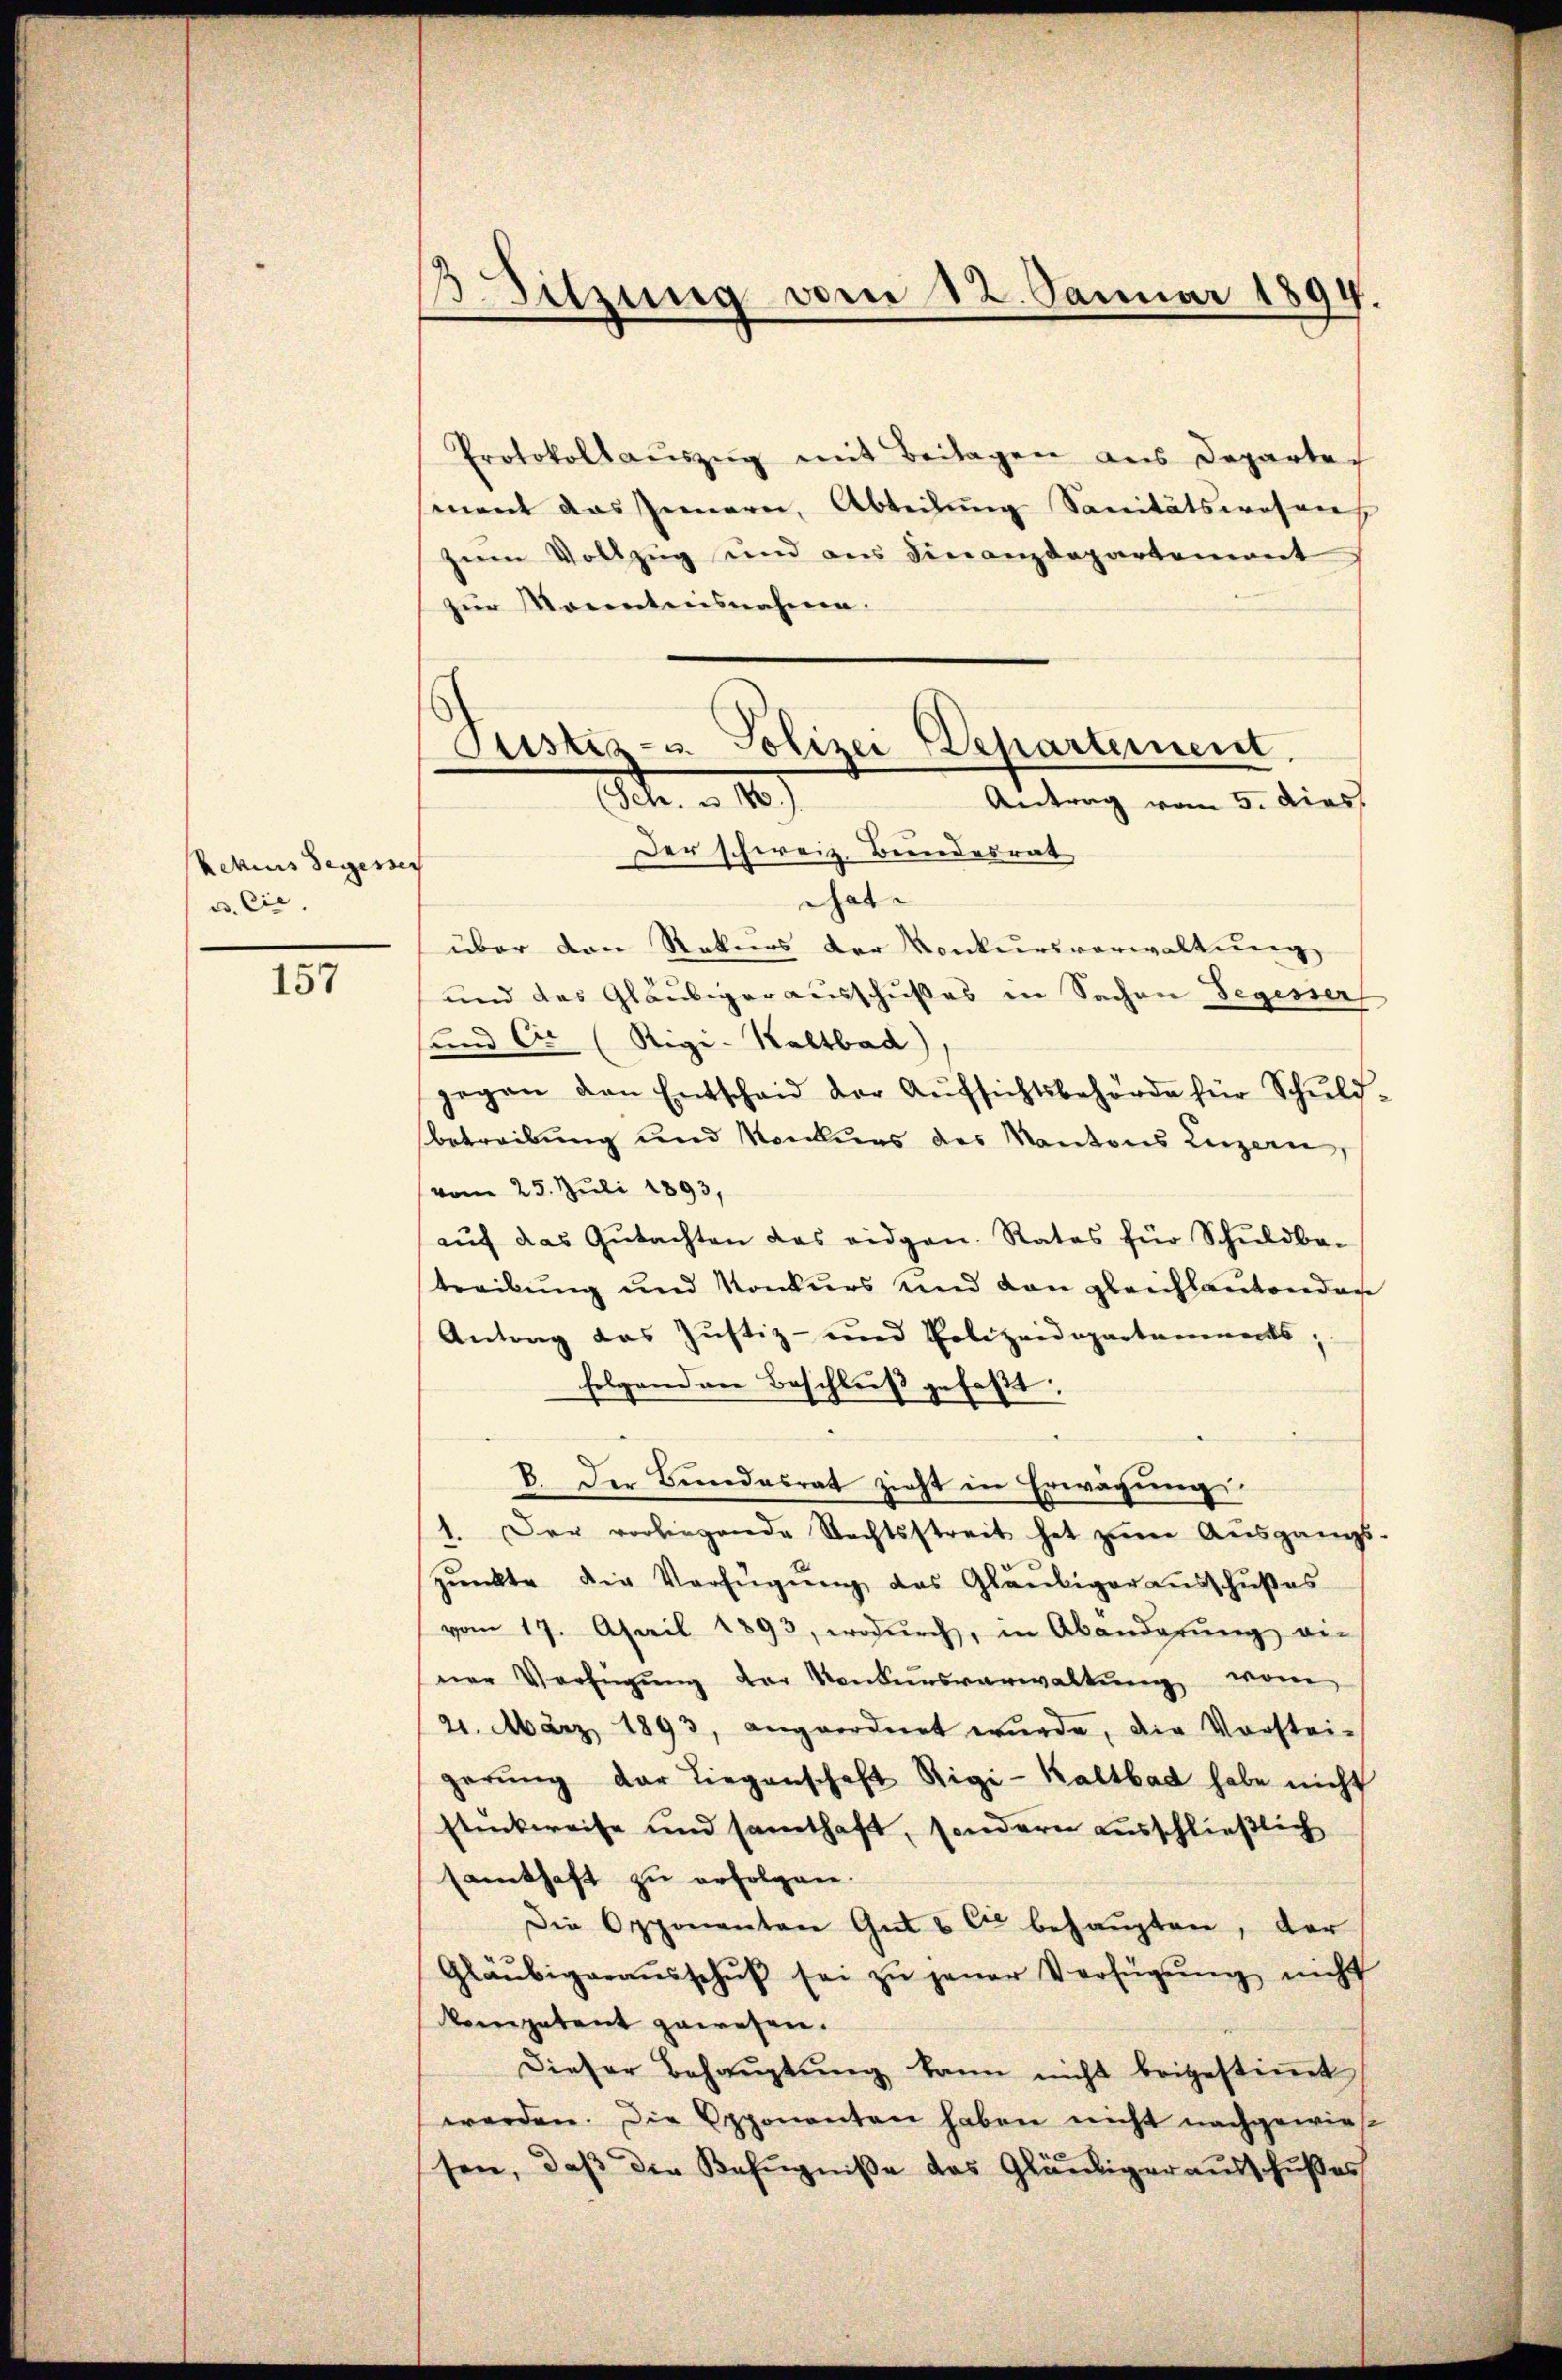
Rekurs Segesses
u. Cie

157

. Sitzung vom 12. Januar 1894.

Protokollaŭszŭg mit Beilagen aus Departe
ment das Innern, Abteilung Sanitätswesens
zum Vollzug und aus Finanzdepartement
zur Monntnisnahme.
Der schweiz. Beendesrat
at
über den Rekurs der Konkursverwaltung
und das Gläubigerausschußes in Sachen Segesser
und Cr (Rigi-Kaltbad)
gegen den Entschaid der Aŭfsichtsbehörde für Schŭld.
betreibung und Konkurs des Kantons Luzern,
vom 25. Juli 1893,
aŭf das Gŭtachten das eidgen. Rates für Schŭldba-
treibung und Konkurs und den gleichlantenden
Antrag das Justiz- und Polizeidepartaments,
folgend an Beschluß gefaßt:
B. Der Bundesrat zieht in Erwägung.
1. Der vorliegende Rechtsstreit hat zŭm Aŭsgangs-
pŭnkte die Verfügŭng des Gläubigeraŭsschŭβes
vom 17. April 1893, wodŭrch, in Abanderŭng vie
ner Verfügŭng der Konkursverwaltŭng vom
21. März 1893, angeordnet wŭrde, die Vorstei-
gerŭng der Liegenschaft Rigi-Kaltbad habe nicht
stückweise und samthaft, sondern ausschließlich
samthaft zu erfolgen.
Die Opponenten Gut & Cie behaupten, der
Gläubigeraŭsschŭβ sei zŭ jener Verfügŭng nicht
kompetent gewesen.
Dieser Behaŭptŭng kann nicht beigestiṁt
werden. Die Opponenten haben nicht nachgewie-
sen, daβ die Befugniße des Gläubiger ausschußes

Justiz- u. Polizei Departement,
(Sch. u. 10).
Antrag vom 5. dies